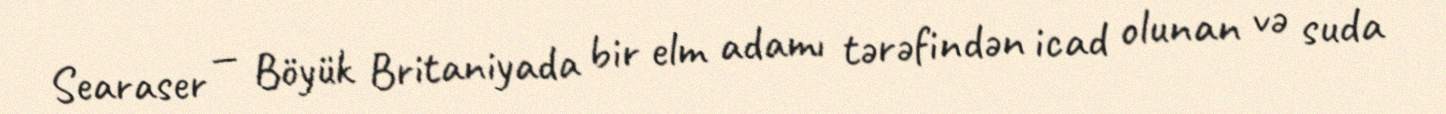
Searaser — Böyük Britaniyada bir elm adamı tərəfindən icad olunan və suda